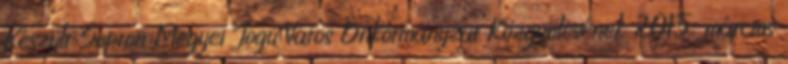
Készült Sopron Megyei Jogú Város Önkormányzat Közgyűlésének 2015. március